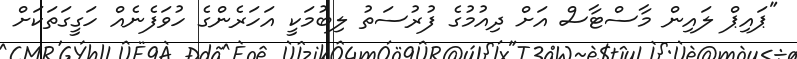
"ޕައިޕް ލައިން މާސްޓާސް އަށް ދިއުމުގެ ފުރުސަތު ލިބުމަކީ އަހަރެންގެ ހުވަފެނެއް ހަގީގަތަކަށް